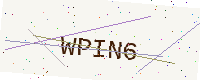
Text: WPIN6